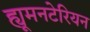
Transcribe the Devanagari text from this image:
ह्यूमनटेरियन